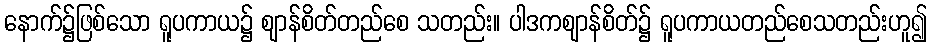
နောက်၌ဖြစ်သော ရူပကာယ၌ ဈာန်စိတ်တည်စေ သတည်း။ ပါဒကဈာန်စိတ်၌ ရူပကာယတည်စေသတည်းဟူ၍